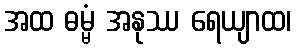
အထ ဓမ္မံ အနုဿ ရေယျာထ၊